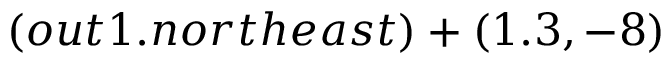
( o u t 1 . n o r t h e a s t ) + ( 1 . 3 , - 8 )